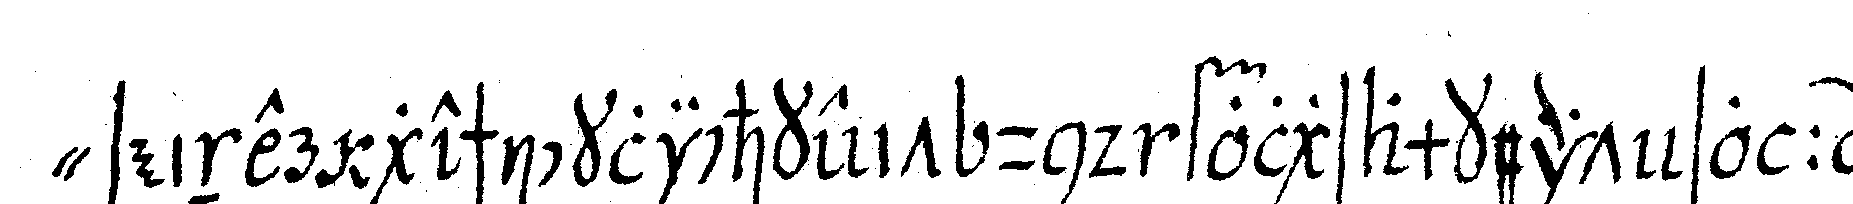
" seiner geschicklichkeit und folgsamkeit so :